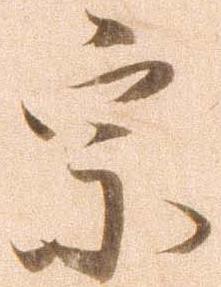
宗